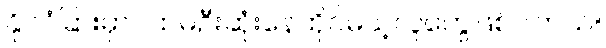
နိုင်ငံခြားမှာပထမဦးဆုံးနေထိုင်မယ့်လူတွေဖြစ်ပါတယ်။